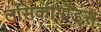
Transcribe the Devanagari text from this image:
लसिकानोड्स